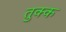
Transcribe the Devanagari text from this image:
तुक्क